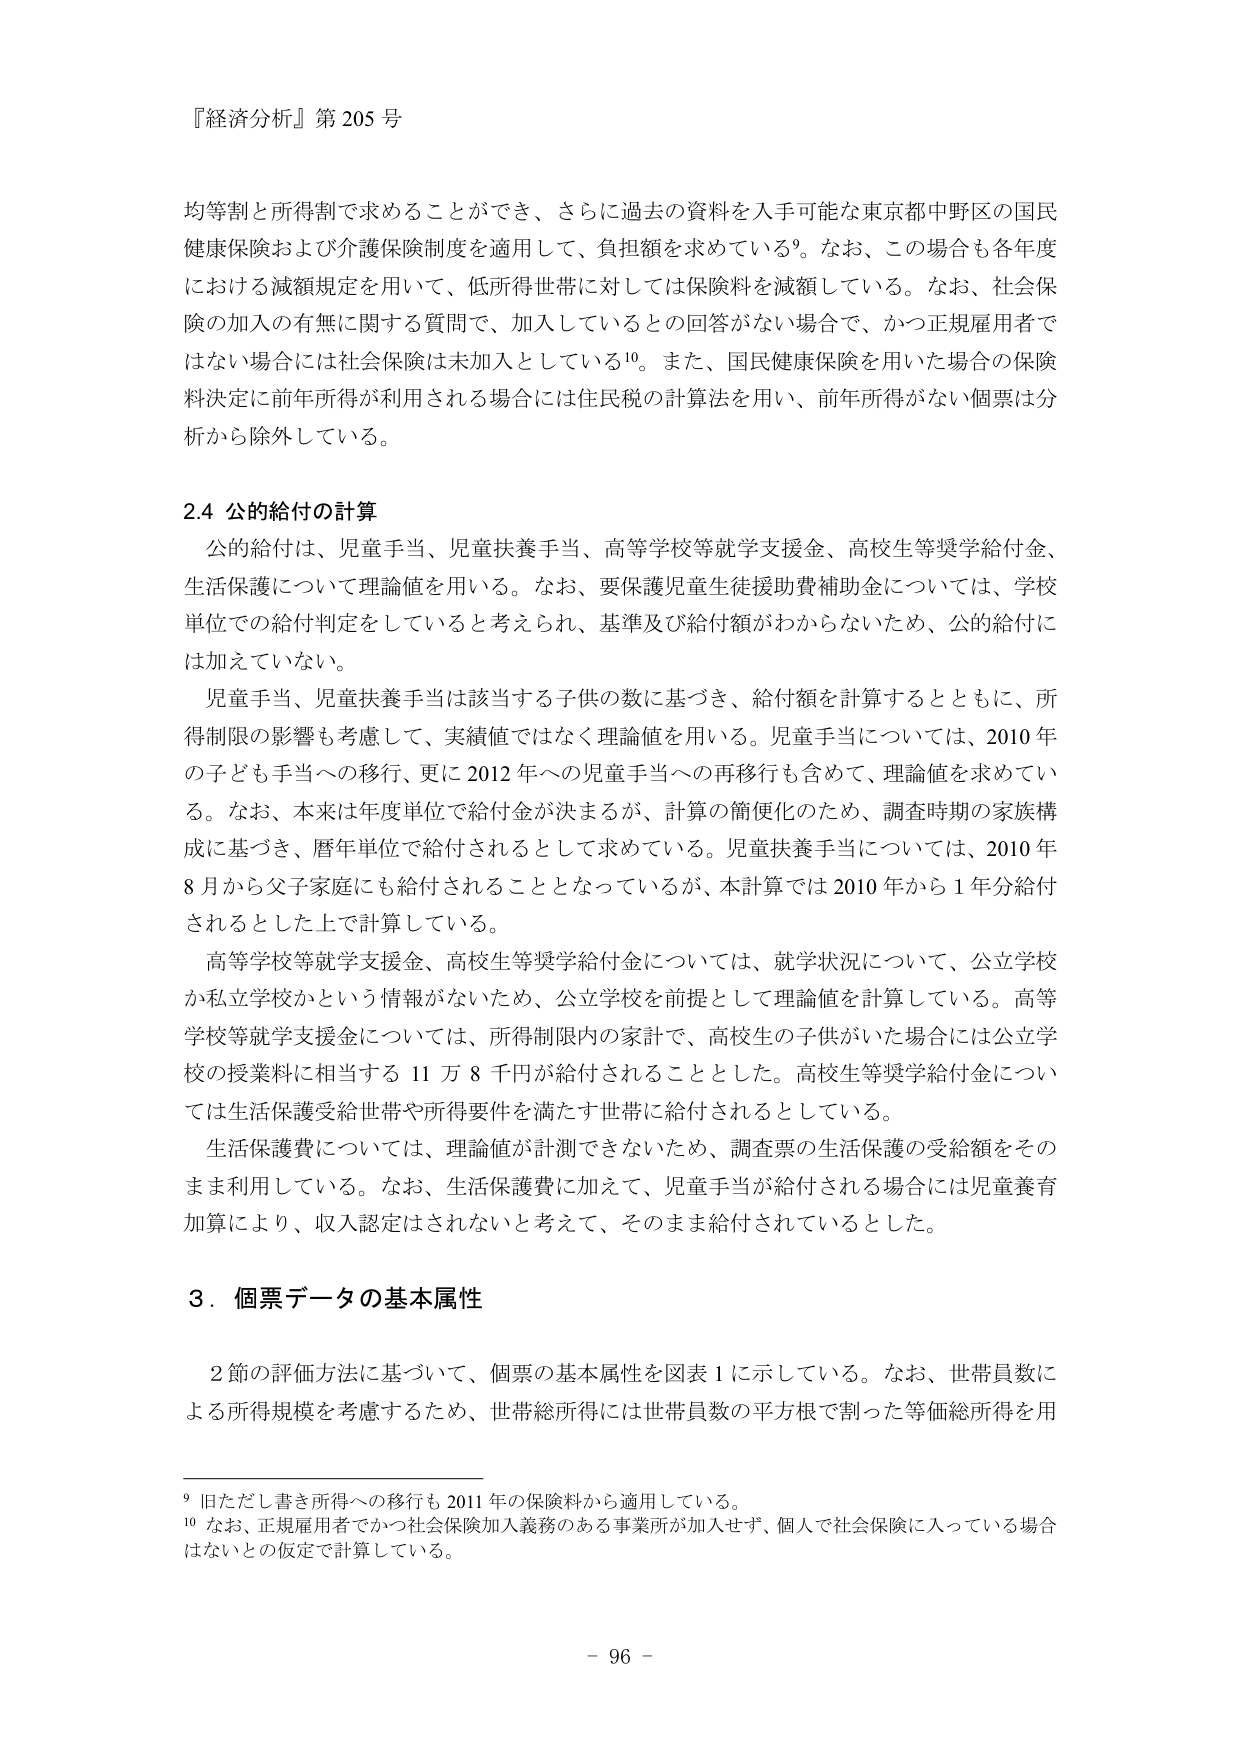
『経済分析』第205号

均等割と所得制で求めることができ、さらに過去の資料を入手可能な東京都中野区の国民健康保険および介護保険制度を適用して、負担額を求めている⁹。なお、この場合も各年度における減額規定を用いて、低所得世帯に対しては保険料を減額している。なお、社会保険の加入の有無に関する質問で、加入しているとの回答がない場合で、かつ正規雇用者ではない場合には社会保険は未加入としている¹⁰。また、国民健康保険を用いた場合の保険料決定に前年所得が利用される場合には住民税の計算法を用い、前年所得がない個票は分析から除外している。

2.4 公的給付の計算
公的給付は、児童手当、児童扶養手当、高等学校等就学支援金、高校生等奨学給付金、生活保護について理論値を用いる。なお、要保護児童生徒援助費補助金については、学校単位での給付判定をしていると考えられ、基準及び給付額がわからないため、公的給付には加えていない。
児童手当、児童扶養手当は該当する子供の数に基づき、給付額を計算するとともに、所得制限の影響も考慮して、実績値ではなく理論値を用いる。児童手当については、2010年の子ども手当への移行、更に2012年への児童手当への再移行も含めて、理論値を求めている。なお、本来は年度単位で給付金が決まるが、計算の簡便化のため、調査時期の家族構成に基づき、暦年単位で給付されるとして求めている。児童扶養手当については、2010年8月から父子家庭にも給付されることとなっているが、本計算では2010年から1年分給付されるとした上で計算している。
高等学校等就学支援金、高校生等奨学給付金については、就学状況について、公立学校か私立学校かという情報がないため、公立学校を前提として理論値を計算している。高等学校等就学支援金については、所得制限内の家計で、高校生の子供がいた場合には公立学校の授業料に相当する11万8千円が給付されることとした。高校生等奨学給付金については生活保護受給世帯や所得要件を満たす世帯に給付されている。
生活保護費については、理論値が計測できないため、調査票の生活保護の受給額をそのまま利用している。なお、生活保護費に加えて、児童手当が給付される場合には児童養育加算により、収入認定はされないと考えて、そのまま給付されているとした。

3. 個票データの基本属性
2節の評価方法に基づいて、個票の基本属性を図表1に示している。なお、世帯員数による所得規模を考慮するため、世帯総所得には世帯員数の平方根で割った等価総所得を用

⁹ 旧ただし書き所得への移行も2011年の保険料から適用している。
¹⁰ なお、正規雇用者でかつ社会保険加入義務のある事業所が加入せず、個人で社会保険に入っている場合はないとの仮定で計算している。

- 96 -